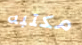
مكتبه